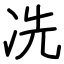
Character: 冼